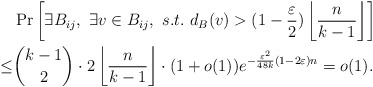
\begin{align*} &\Pr\left[\exists B_{ij},~\exists v\in B_{ij},~s.t.~d_B(v)> (1-\frac {\varepsilon}2)\left\lfloor{\frac {n}{k-1}}\right\rfloor\right]\\ \leq& \binom {k-1}2\cdot2\left\lfloor{\frac {n}{k-1}}\right\rfloor\cdot (1+o(1))e^{-\frac {\varepsilon^2}{48k}(1-2\varepsilon)n}=o(1). \end{align*}